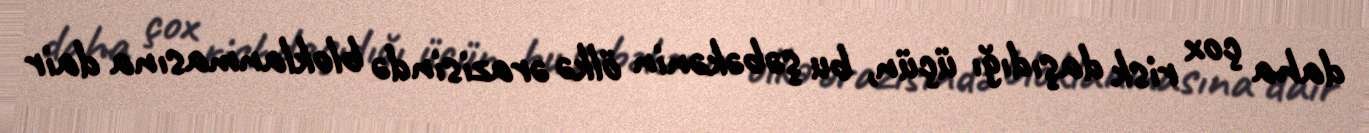
daha çox risk daşıdığı üçün, bu şəbəkənin ölkə ərazisində bloklanmasına dair